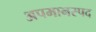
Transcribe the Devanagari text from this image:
अपमानस्पद